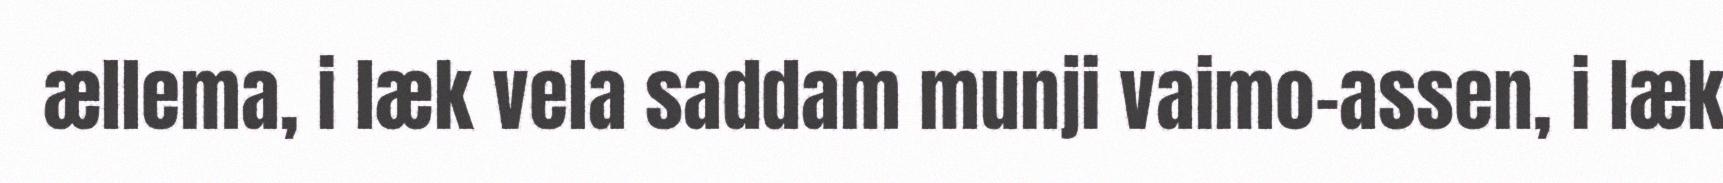
ællema, i læk vela saddam munji vaimo-assen, i læk